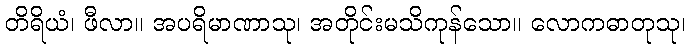
တိရိယံ၊ ဖီလာ။ အပရိမာဏာသု၊ အတိုင်းမသိကုန်သော။ လောကဓာတုသု၊